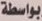
بواسطة